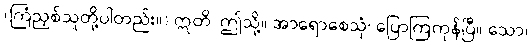
(ကြံညှစ်သူတို့ပါတည်း။) ဣတိ၊ ဤသို့။ အာရောစေသုံ၊ ပြောကြကုန်ပြီ။ သော၊